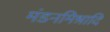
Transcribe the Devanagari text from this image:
मंडनमिश्रादि